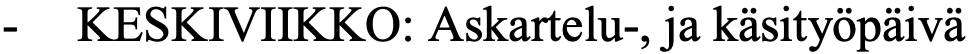
-  KESKIVIIKKO: Askartelu-, ja käsityöpäivä